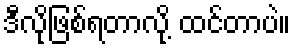
ဒီလိုဖြစ်ရတာလို့ ထင်တာပဲ။